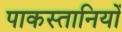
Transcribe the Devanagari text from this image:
पाकस्तानियों